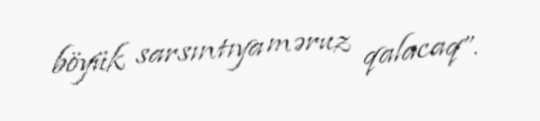
böyük sarsıntıya məruz qalacaq”.